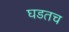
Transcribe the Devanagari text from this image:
घडतच